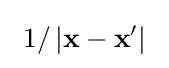
\ 1/\left|\mathbf {x} -\mathbf {x} '\right|\